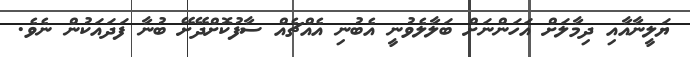
ޔަލީނާއާއި ދިމާލަށް އަހަންނަށް ބަލާލެވުނީ އެބުނި އެއްޗެއް ސާފުކޮށްދޭށޭ ބުނާ ފަދައަކުން ނެވެ.